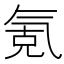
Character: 氪